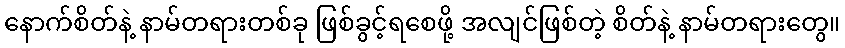
နောက်စိတ်နဲ့ နာမ်တရားတစ်ခု ဖြစ်ခွင့်ရစေဖို့ အလျင်ဖြစ်တဲ့ စိတ်နဲ့ နာမ်တရားတွေ။